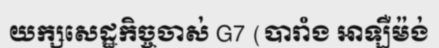
យក្សសេដ្ឋកិច្ចចាស់ G7 (បារាំង អាឡឺម៉ង់